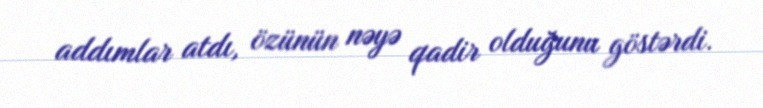
addımlar atdı, özünün nəyə qadir olduğunu göstərdi.